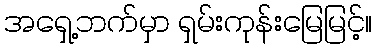
အရှေ့ဘက်မှာ ရှမ်းကုန်းမြေမြင့်။